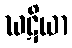
ဃဋိယာ